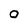
Character: O